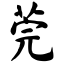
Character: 莞